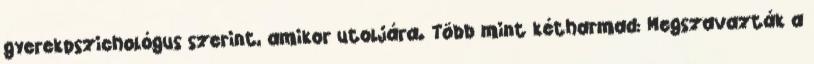
gyerekpszichológus szerint, amikor utoljára. Több mint kétharmad: Megszavazták a